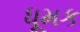
ધૂમક